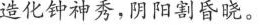
造化钟神秀，阴阳割昏晓。